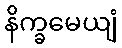
နိက္ခမေယျံ